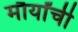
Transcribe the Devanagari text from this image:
मौर्यांची